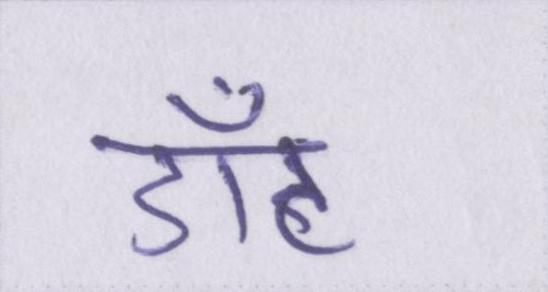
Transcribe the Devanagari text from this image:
डॉट